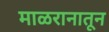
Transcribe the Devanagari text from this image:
माळरानातून